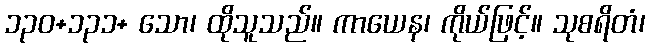
၁၃၀+၁၃၁+ သော၊ ထိုသူသည်။ ကာယေန၊ ကိုယ်ဖြင့်။ သုစရိတံ၊